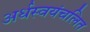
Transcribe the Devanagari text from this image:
अर्धस्वयंचलित